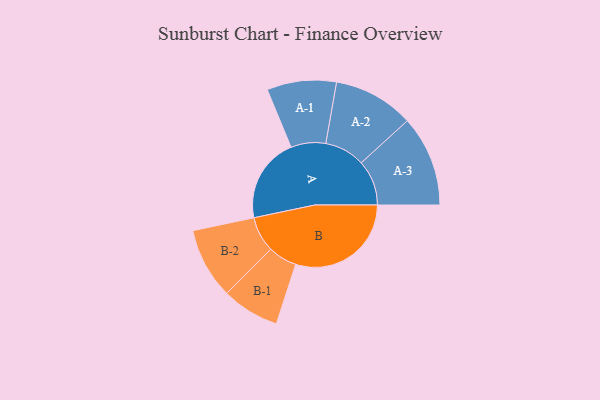
{"axis": {"x": "Segment", "y": "Value"}, "legend": ["", "A", "B"], "data": [{"x": "A", "y": 335, "type": ""}, {"x": "B", "y": 456, "type": ""}, {"x": "A-1", "y": 137, "type": "A"}, {"x": "A-2", "y": 159, "type": "A"}, {"x": "A-3", "y": 179, "type": "A"}, {"x": "B-1", "y": 114, "type": "B"}, {"x": "B-2", "y": 140, "type": "B"}]}